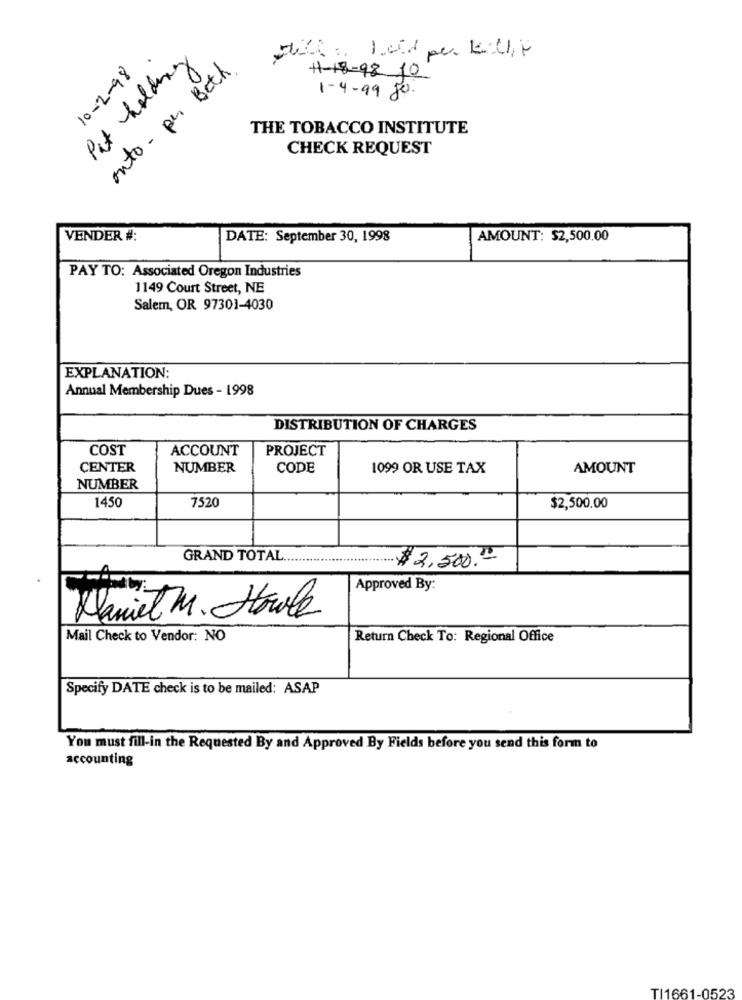
Pet holding
10-2-98
onto - per Both .
H-18-98 10
1- 4- 99 jos.
THE TOBACCO INSTITUTE
CHECK REQUEST
VENDER #:
DATE: September 30, 1998
AMOUNT: $2,500.00
PAY TO: Associated Oregon Industries
1149 Court Street, NE
Salem, OR 97301-4030
EXPLANATION:
Annual Membership Dues - 1998
DISTRIBUTION OF CHARGES
COST
ACCOUNT
PROJECT
CENTER
NUMBER
CODE
1099 OR USE TAX
AMOUNT
NUMBER
1450
7520
$2,500.00
GRAND TOTAL
.. $2,500.00-
Approved By:
Mariet M. Howle
Mail Check to Vendor: NO
Return Check To: Regional Office
Specify DATE check is to be mailed: ASAP
You must fill-in the Requested By and Approved By Fields before you send this form to
accounting
TI1661-0523